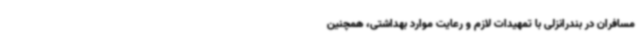
مسافران در بندرانزلی با تمهیدات لازم و رعایت موارد بهداشتی، همچنین